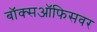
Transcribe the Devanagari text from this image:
बॉक्सऑफिसवर